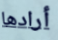
أرادها